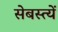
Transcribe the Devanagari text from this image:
सेबस्त्यें